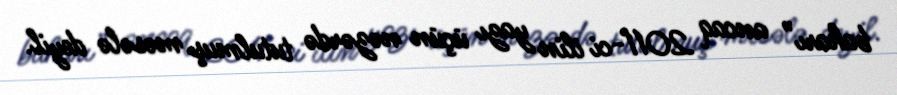
baharı” ancaq 2011-ci ilin yazı üçün nəzərdə tutulmuş məsələ deyil.